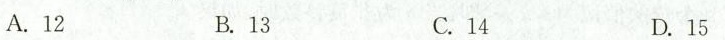
A.12 B.13 C.14 D.15